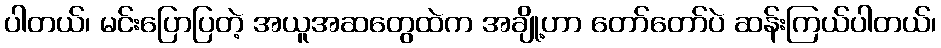
ပါတယ်၊ မင်းပြောပြတဲ့ အယူအဆတွေထဲက အချို့ဟာ တော်တော်ပဲ ဆန်းကြယ်ပါတယ်၊